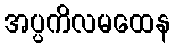
အပ္ပကိလမထေန